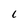
Character: C